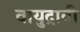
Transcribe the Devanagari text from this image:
वायुद्रावी